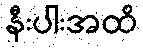
နီးပါးအထိ